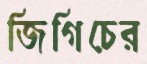
জিগিচের